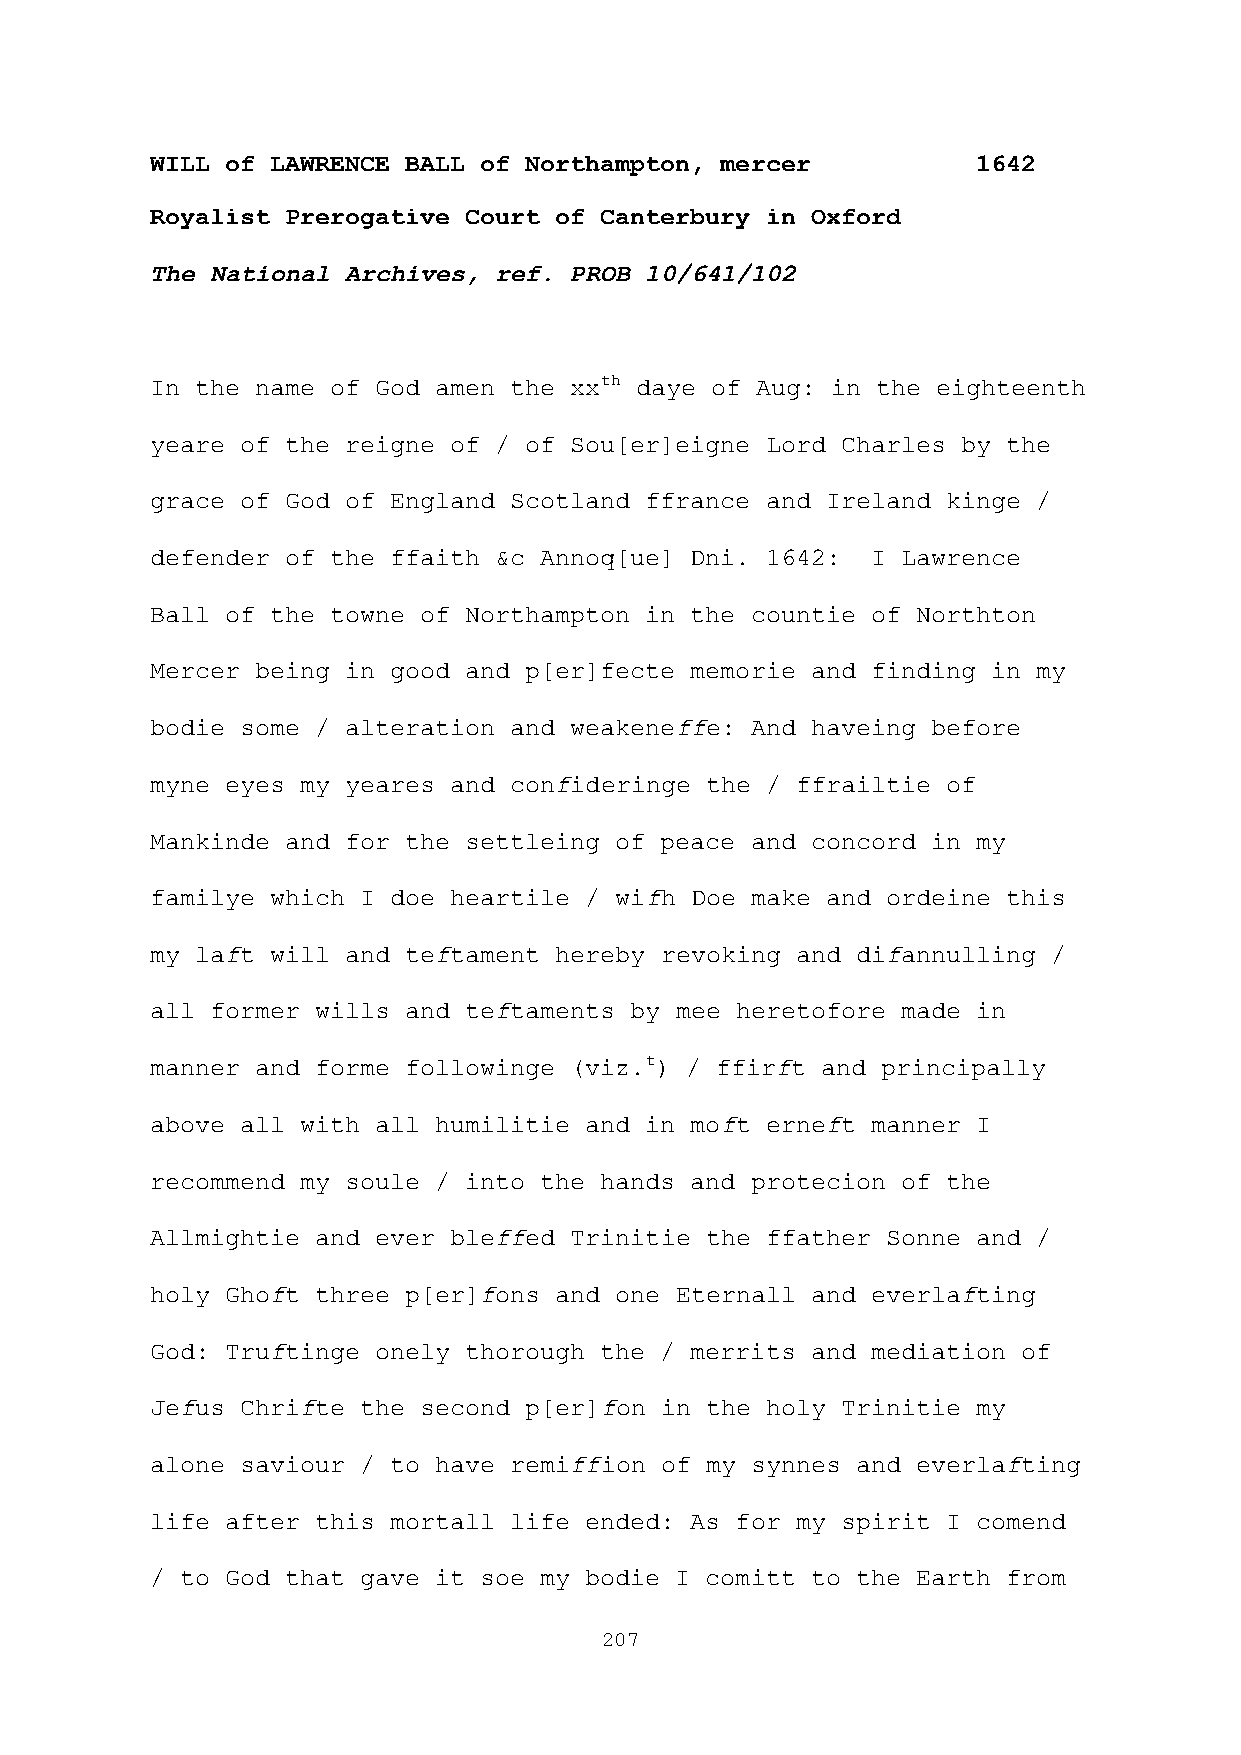
WILL of LAWRENCE BALL of Northampton, mercer           1642
 Royalist Prerogative Court of Canterbury in Oxford
 The National Archives, ref. PROB 10/641/102
 In the name of God amen the xxth daye of Aug: in the eighteenth
 yeare of the reigne of / of Sou[er]eigne Lord Charles by the
 grace of God of England Scotland ffrance and Ireland kinge /
 defender of the ffaith &c Annoq[ue] Dni. 1642:  I Lawrence
 Ball of the towne of Northampton in the countie of Northton
 Mercer being in good and p[er]fecte memorie and finding in my
 bodie some / alteration and weakeneffe: And haveing before
 myne eyes my yeares and confideringe the / ffrailtie of
 Mankinde and for the settleing of peace and concord in my
 familye which I doe heartile / wifh Doe make and ordeine this
 my laft will and teftament hereby revoking and difannulling /
 all former wills and teftaments by mee heretofore made in
 manner and forme followinge (viz.t) / ffirft and principally
 above all with all humilitie and in moft erneft manner I
 recommend my soule / into the hands and protecion of the
 Allmightie and ever bleffed Trinitie the ffather Sonne and /
 holy Ghoft three p[er]fons and one Eternall and everlafting
 God: Truftinge onely thorough the / merrits and mediation of
 Jefus Chrifte the second p[er]fon in the holy Trinitie my
 alone saviour / to have remiffion of my synnes and everlafting
 life after this mortall life ended: As for my spirit I comend
 / to God that gave it soe my bodie I comitt to the Earth from
 207